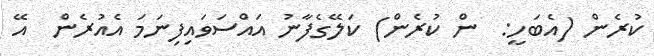
ކުރެން (އެބަހީ:  ން ކުރެން) ކަލޭގެފާނު އައްސަވައިފިނަމަ އެއުރެން  އޭ